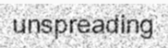
unspreading